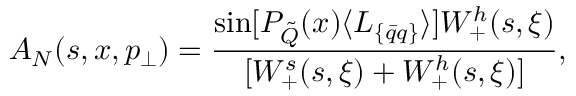
A _ { N } ( s , x , p _ { \perp } ) = \frac { \sin [ { \cal { P } } _ { \tilde { Q } } ( x ) \langle L _ { \{ \bar { q } q \} } \rangle ] { W _ { + } ^ { h } ( s , \xi ) } } { { [ W _ { + } ^ { s } ( s , \xi ) + W _ { + } ^ { h } ( s , \xi ) ] } } ,